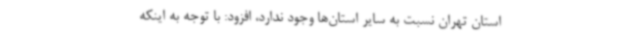
استان تهران نسبت به سایر استان‌ها وجود ندارد، افزود: با توجه به اینکه